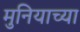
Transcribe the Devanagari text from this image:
मुनियाच्या